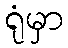
ရုံမှာ